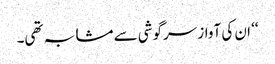
‘‘ ان کی آواز سرگوشی سے مشابہ تھی۔